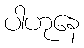
ပါဟုနေ